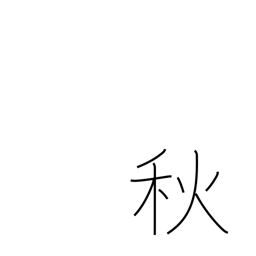
Meaning: autumn